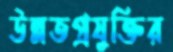
উন্নতপ্রযুক্তির